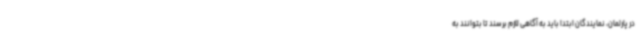
در پارلمان، نمایندگان ابتدا باید به آگاهی لازم برسند تا بتوانند به